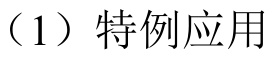
（1）特例应用